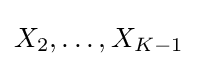
X_{2},\ldots ,X_{K-1}